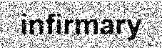
infirmary